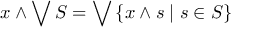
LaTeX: x \wedge \bigvee S = \bigvee \left\{ x \wedge s \mid s \in S \right\}